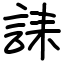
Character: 誄